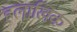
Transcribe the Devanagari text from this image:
हलाखिक